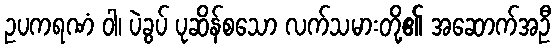
ဥပကရဏံ ဝါ၊ ပဲခွပ် ပုဆိန်စသော လက်သမားတို့၏ အဆောက်အဦ